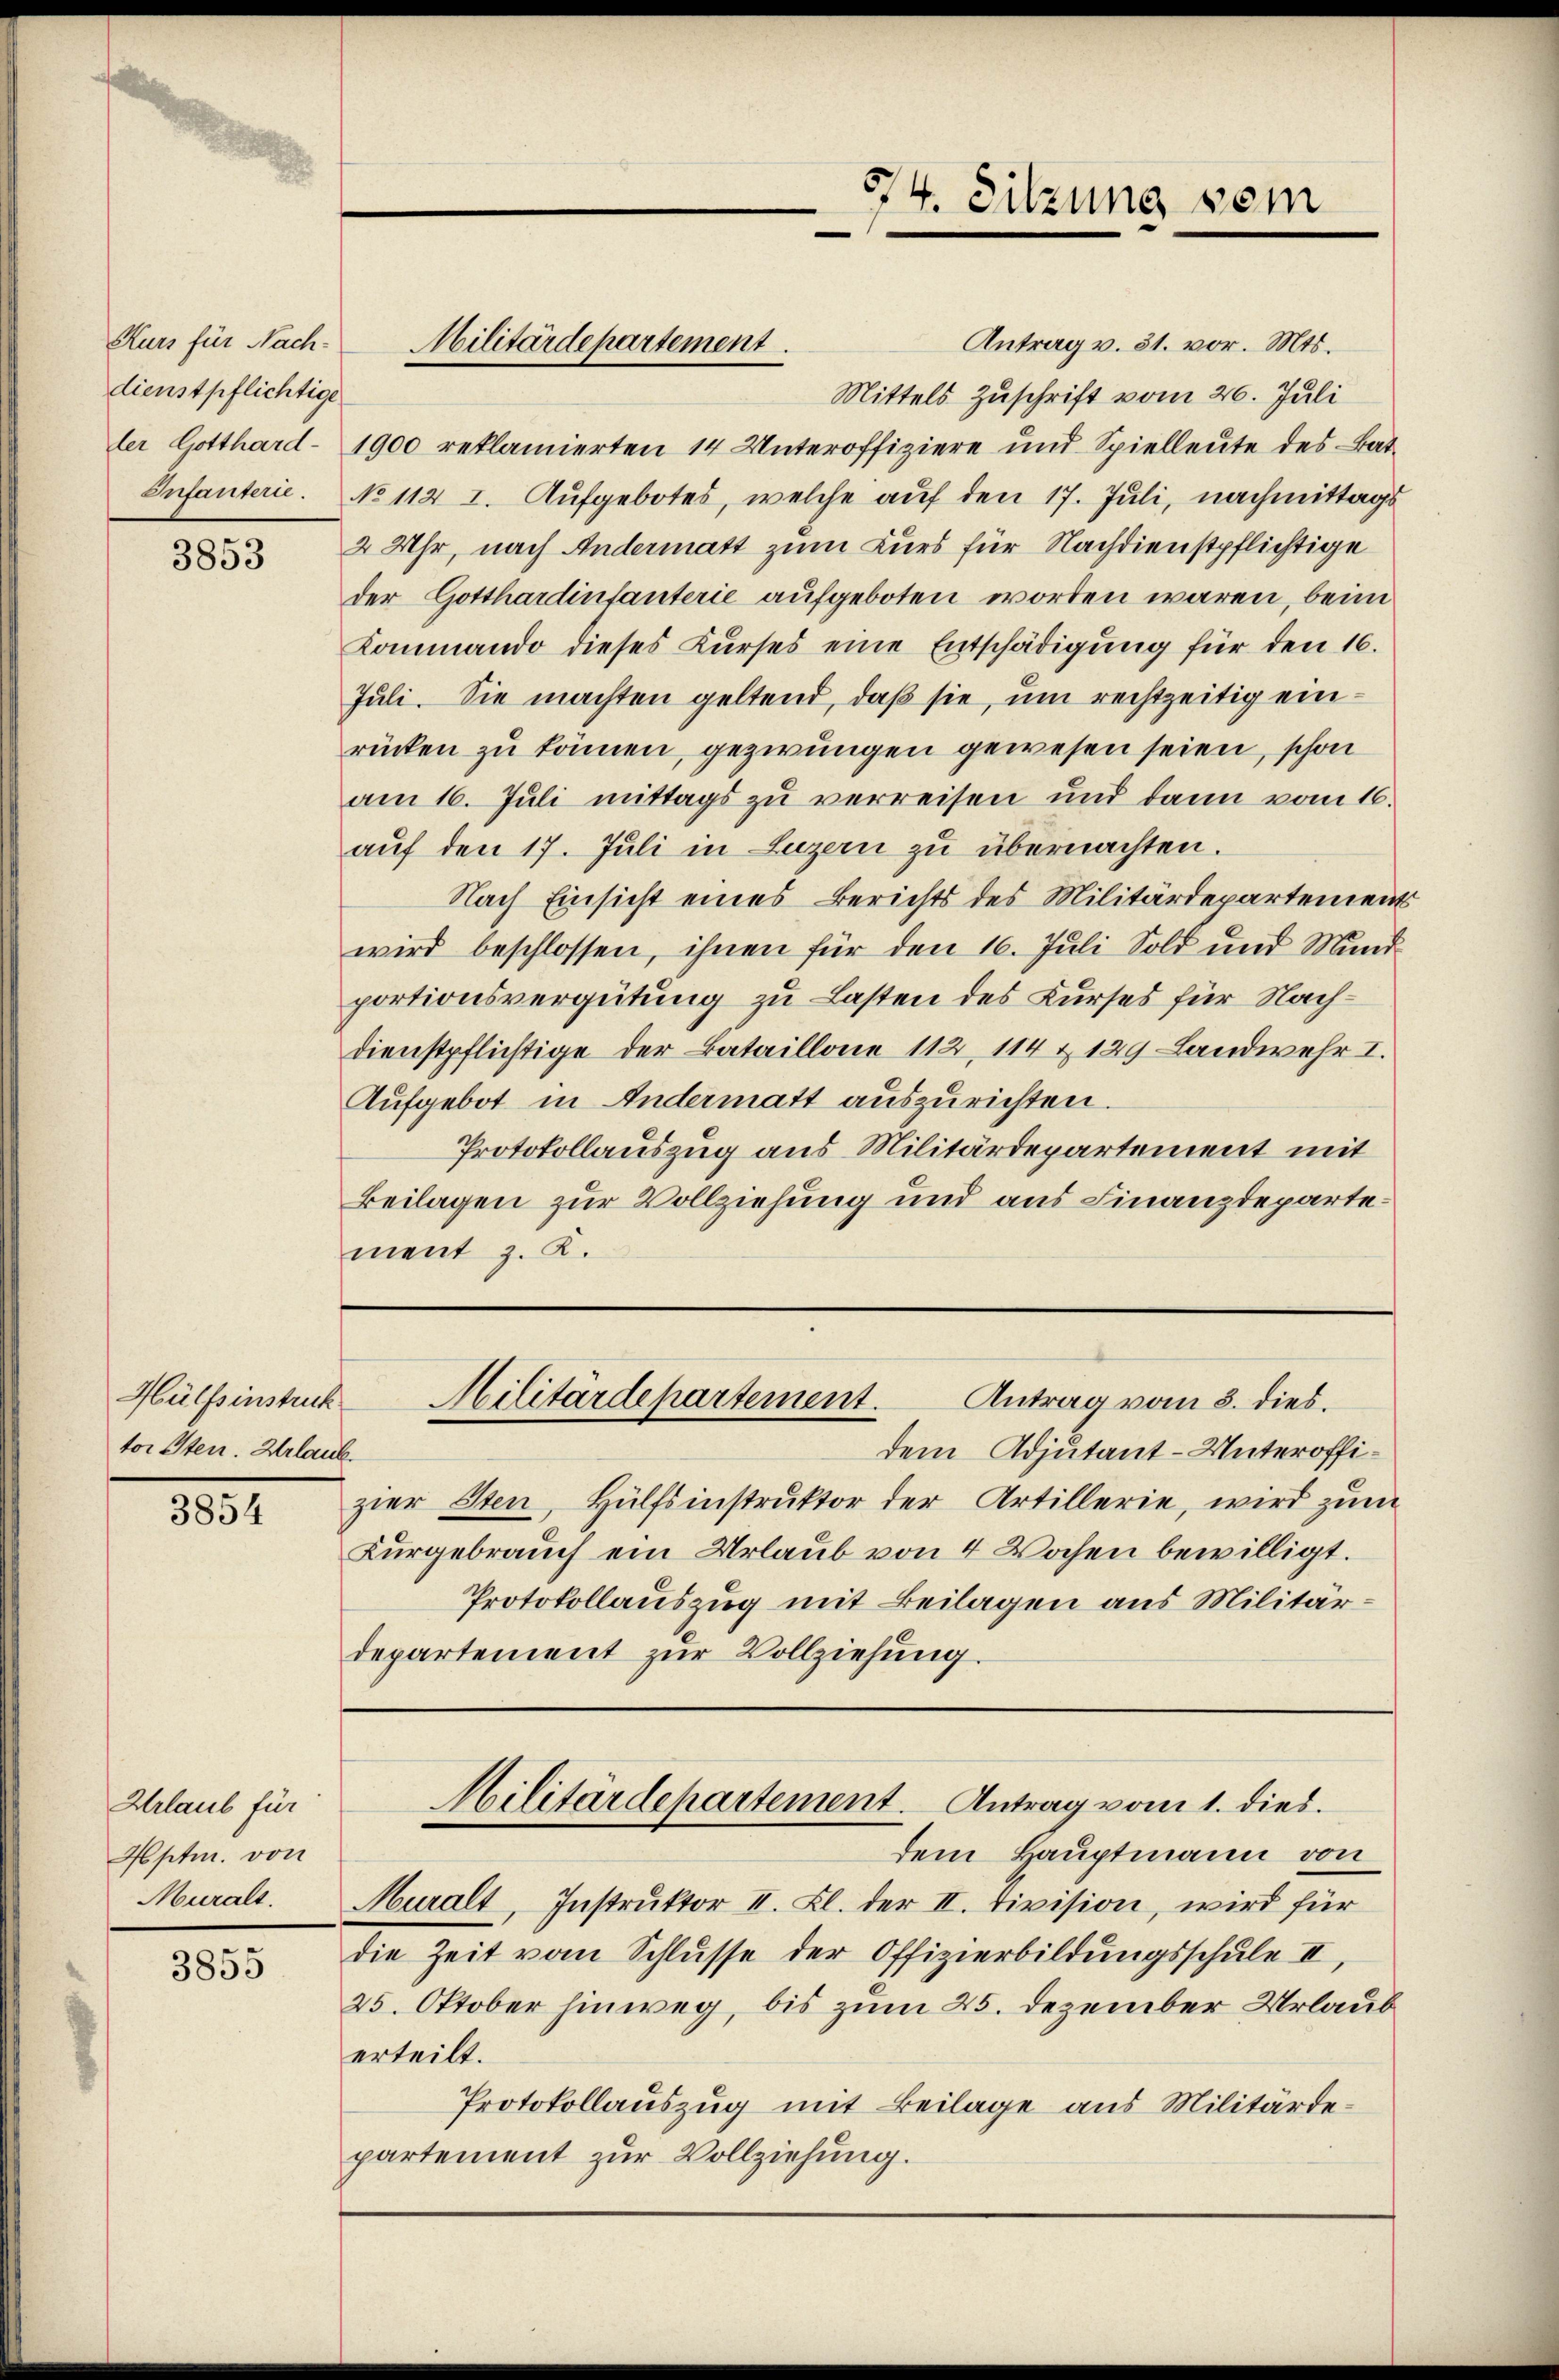
Kurs für Nach-
dienstpflichtige

3853

Hülfsinstruck
tor Sten. Urlaub.

3854

Urlaub für
Hptm. von
Muralt.

3855

Antrag v. 31. vor. Mts.
Mittels Zuschrift vom 26. Juli
ler Gotthard- 1900 reklamierten 14 Unteroffiziere und Spielleŭte des Bat-
Infanterie. No 112 I. Aufgebotes, welche auf den 17. Juli, nachmittags
2 Uhr, nach Andermatt zum Kurs für Nachdienstpflichtige
der Gotthardintanterie aufgeboten worden wären, beim
Kommando dieses Kŭrses eine Entschädigung für den 16.
Juli. Sie machten geltend, daß sie, um rechtzeitig einrücken zu können, gezwungen gewesen seien, schon
am 16. Juli mittags zu verreisen und dann vom 16.
auf den 17. Juli in Luzern zu übernachten.
Nach Einsicht eines Berichts des Militärdepartements
wird beschlossen, ihnen für den 16. Juli Sold und Mund
portionsvergütung zu Lasten des Kurses für Nachdienstpflichtige der Bataillone 112, 114 & 129 Landwehr I.
Aufgebot in Andermatt auszurichten.
Protokollauszug aus Militärdepartement mit
Beilagen zur Vollziehung und aus Finanzdepartement z. K.

Militärdepartement.

574. Sitzung vom

dem Adjutant-Unteroffizier Sten, Hülfsinstruktor der Artillerie, wird zum
Kurgebrauch ein Urlaub von 4 Wochen bewilligt.
Protokollauszug mit Beilagen aus Militärdepartement zur Vollziehung.

Militärdepartement.
Antrag vom 3. dies.

Militärdepartement. Antrag vom 1. dies.
dem Hauptmann von

Muralt, Instrŭktor II. Kl. der II. Division, wird für
die Zeit vom Schlŭsse der Offizierbildŭngsschŭle II,
25. Oktober hinweg, bis zum 25. Dezember Urlaub
erteilt.
Protokollauszug mit Beilage aus Militärdepartement zur Vollziehung.